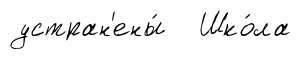
устран'ены́ Шко́ла